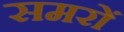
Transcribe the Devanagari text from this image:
समरों